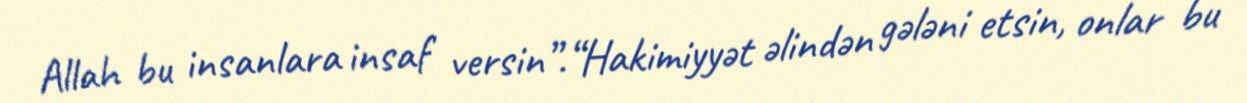
Allah bu insanlara insaf versin”.“Hakimiyyət əlindən gələni etsin, onlar bu